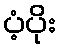
ပံ့ပိုး